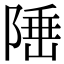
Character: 𨺪